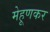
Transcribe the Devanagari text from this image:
मेहूणकर